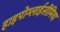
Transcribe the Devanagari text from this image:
हाइपोग्लाईसीमिया